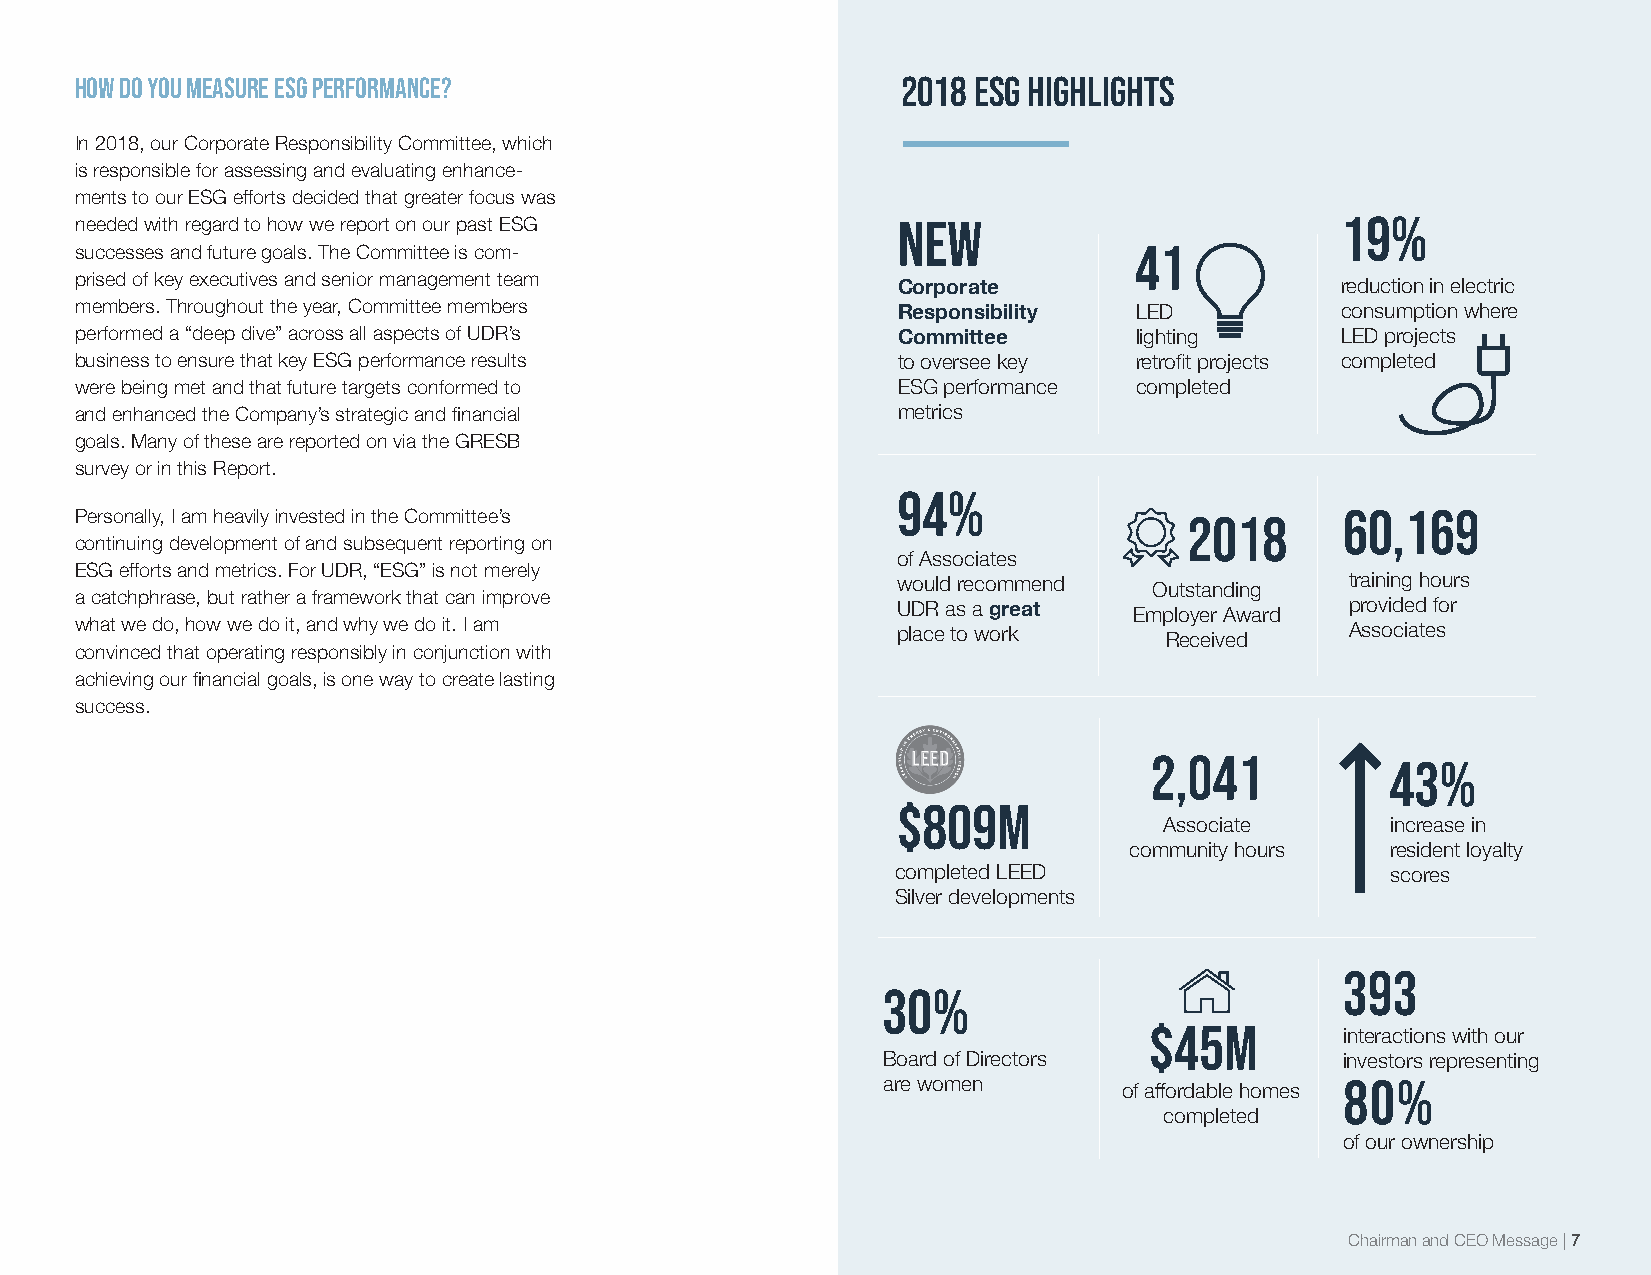
How do you measure ESG performance?                    2018 ESG HIGHLIGHTS
 In 2018, our Corporate Responsibility Committee, which
 is responsible for assessing and evaluating enhance-
 ments to our ESG efforts decided that greater focus was
 needed with regard to how we report on our past ESG   NEW                           19%
 successes and future goals. The Committee is com-                     41
 prised of key executives and senior management team
 Corporate                     reduction in electric
 members. Throughout the year, Committee members       Responsibility  LED           consumption where
 performed a “deep dive” across all aspects of UDR’s   Committee       lighting      LED projects
 business to ensure that key ESG performance results   to oversee key  retrofit projects completed
 were being met and that future targets conformed to   ESG performance completed
 and enhanced the Company’s strategic and financial    metrics
 goals. Many of these are reported on via the GRESB
 survey or in this Report.
 94%
 Personally, I am heavily invested in the Committee’s                      2018      60,169
 continuing development of and subsequent reporting on
 of Associates
 ESG efforts and metrics. For UDR, “ESG” is not merely
 would recommend  Outstanding  training hours
 a catchphrase, but rather a framework that can improve
 UDR as a great  Employer Award provided for
 what we do, how we do it, and why we do it. I am      place to work     Received    Associates
 convinced that operating responsibly in conjunction with
 achieving our financial goals, is one way to create lasting
 success.
 2,041
 43%
 $809M
 Associate      increase in
 community hours  resident loyalty
 completed LEED                   scores
 Silver developments
 393
 30%
 $45M
 interactions with our
 Board of Directors             investors representing
 are women                      80%
 of affordable homes
 completed
 of our ownership
 Chairman and CEO Message | 7